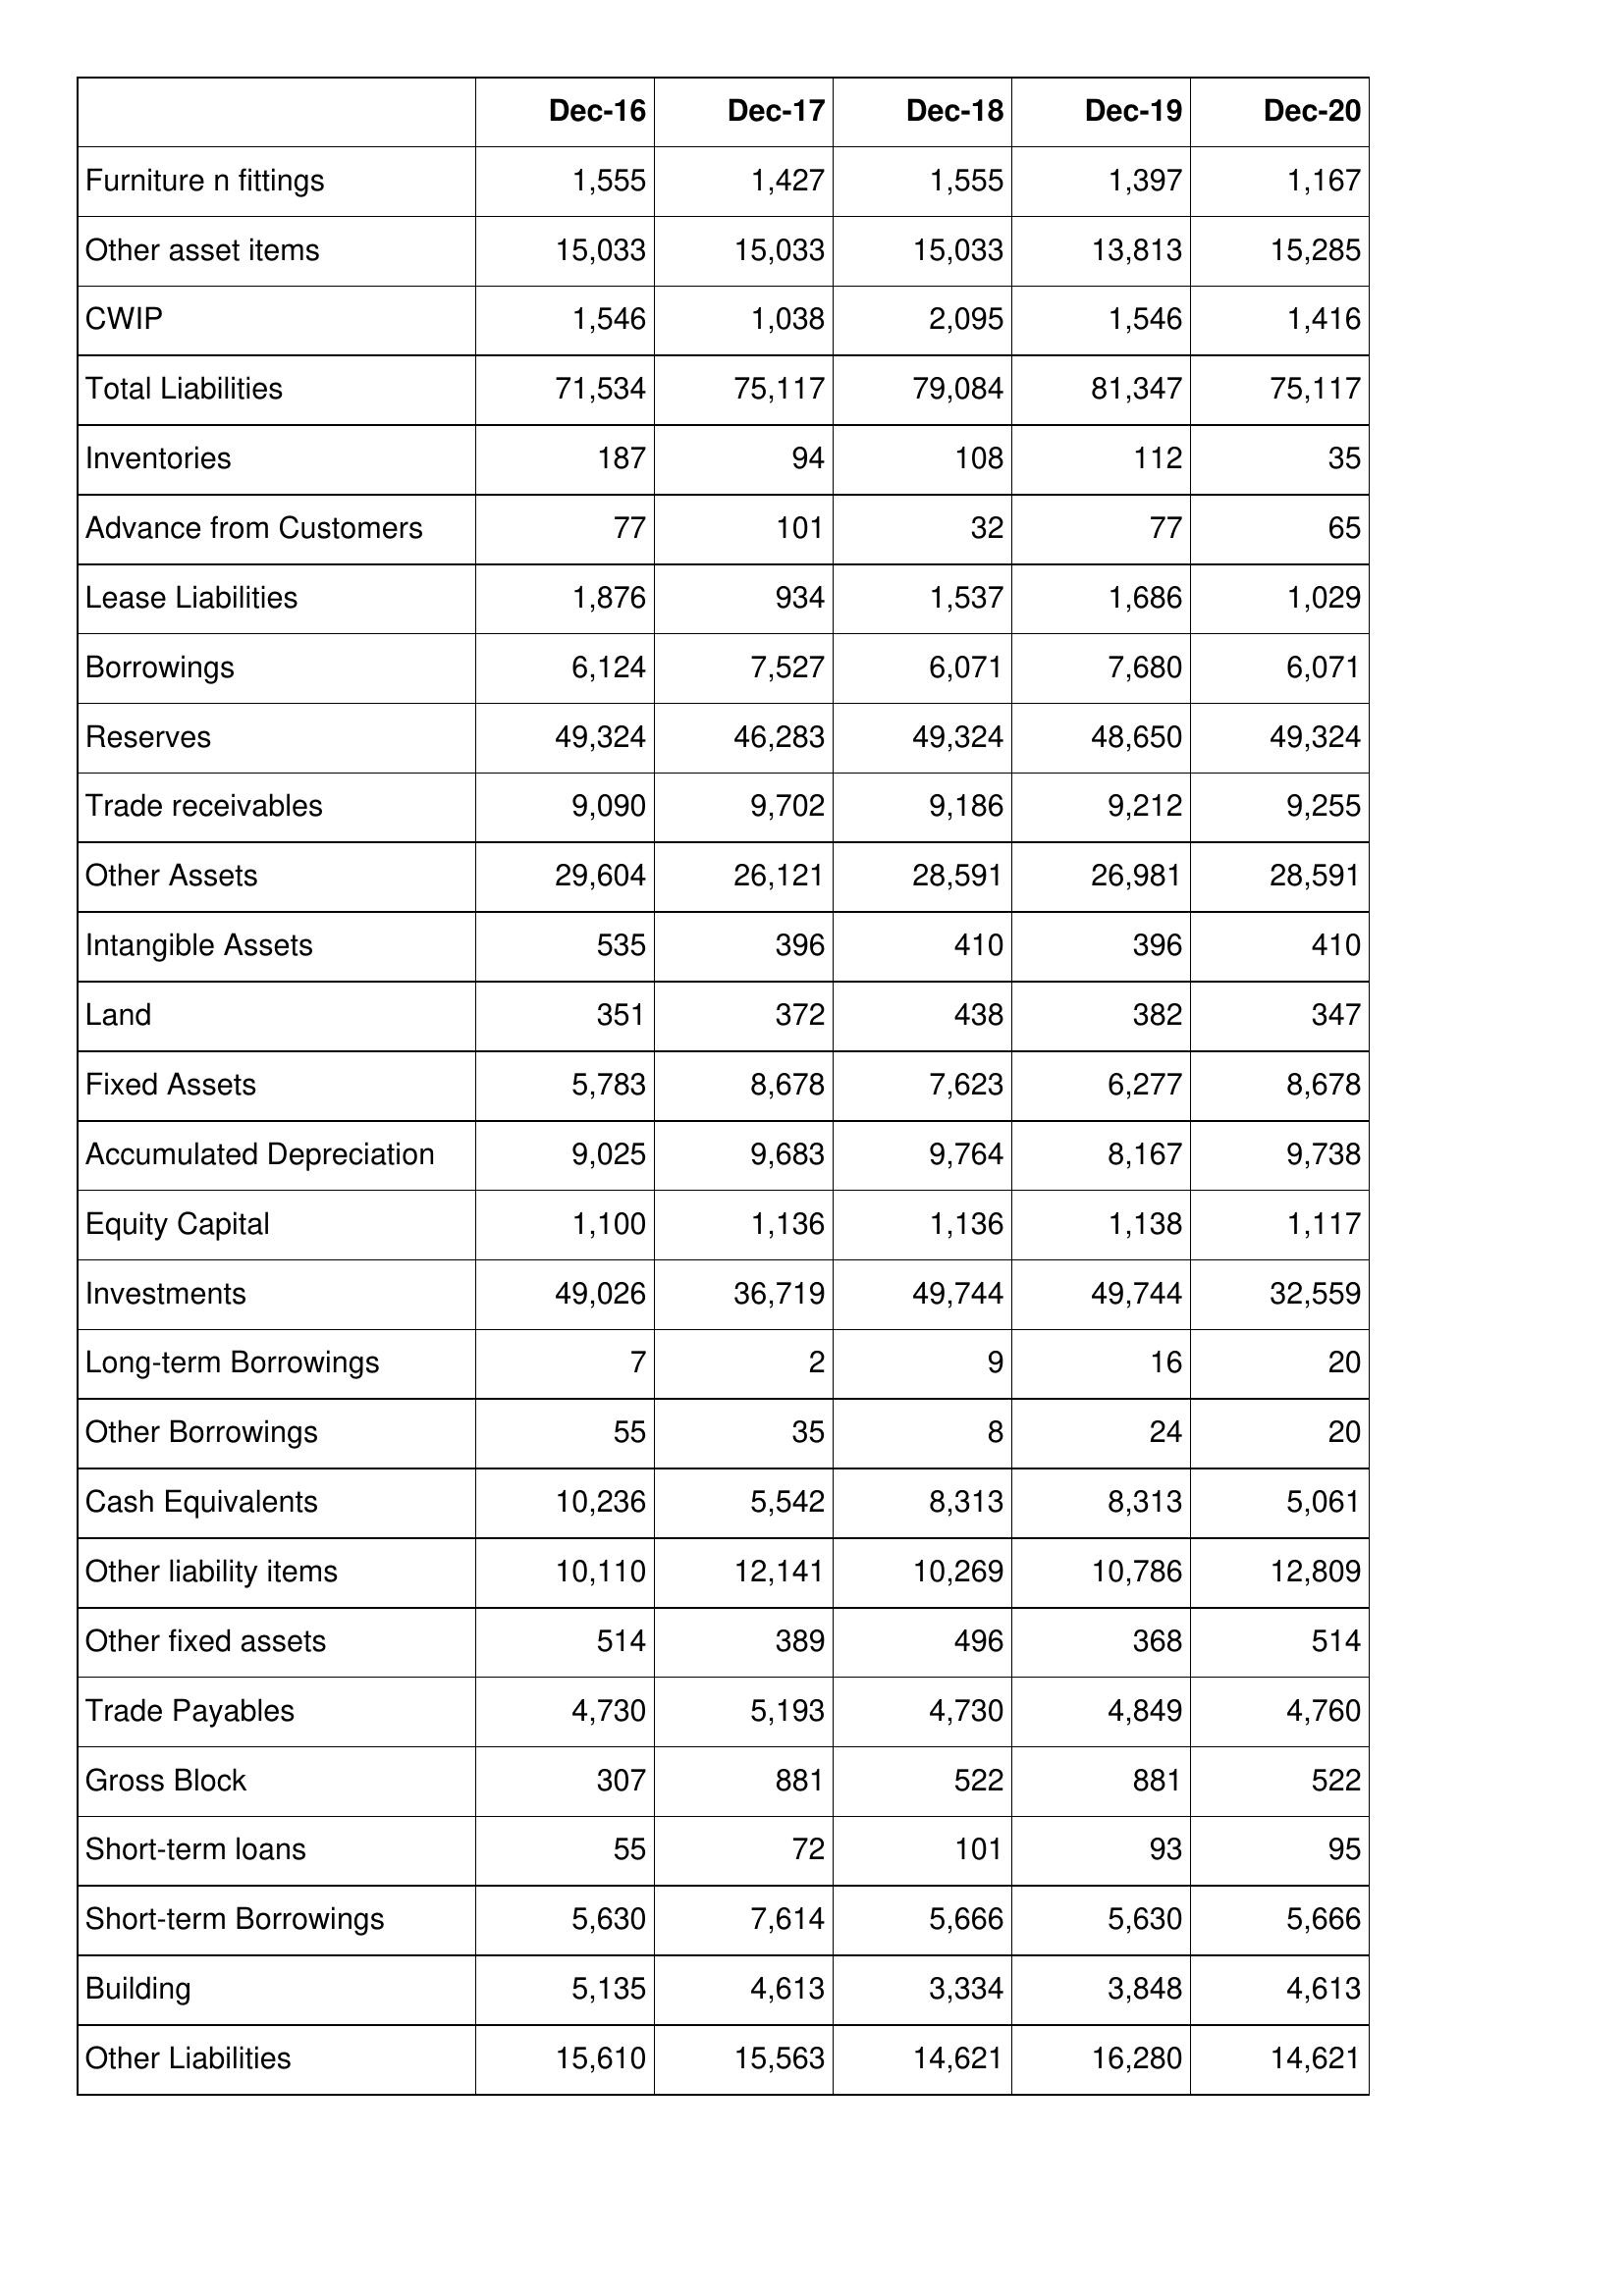
Dec-16: Balance Sheet: Furniture n fittings: 1,555
Other asset items: 15,033
CWIP: 1,546
Total Liabilities: 71,534
Inventories: 187
Advance from Customers: 77
Lease Liabilities: 1,876
Borrowings: 6,124
Reserves: 49,324
Trade receivables: 9,090
Other Assets: 29,604
Intangible Assets: 535
Land: 351
Fixed Assets: 5,783
Accumulated Depreciation: 9,025
Equity Capital: 1,100
Investments: 49,026
Long-term Borrowings: 7
Other Borrowings: 55
Cash Equivalents: 10,236
Other liability items: 10,110
Other fixed assets: 514
Trade Payables: 4,730
Gross Block: 307
Short-term loans: 55
Short-term Borrowings: 5,630
Building: 5,135
Other Liabilities: 15,610
Dec-17: Balance Sheet: Furniture n fittings: 1,427
Other asset items: 15,033
CWIP: 1,038
Total Liabilities: 75,117
Inventories: 94
Advance from Customers: 101
Lease Liabilities: 934
Borrowings: 7,527
Reserves: 46,283
Trade receivables: 9,702
Other Assets: 26,121
Intangible Assets: 396
Land: 372
Fixed Assets: 8,678
Accumulated Depreciation: 9,683
Equity Capital: 1,136
Investments: 36,719
Long-term Borrowings: 2
Other Borrowings: 35
Cash Equivalents: 5,542
Other liability items: 12,141
Other fixed assets: 389
Trade Payables: 5,193
Gross Block: 881
Short-term loans: 72
Short-term Borrowings: 7,614
Building: 4,613
Other Liabilities: 15,563
Dec-18: Balance Sheet: Furniture n fittings: 1,555
Other asset items: 15,033
CWIP: 2,095
Total Liabilities: 79,084
Inventories: 108
Advance from Customers: 32
Lease Liabilities: 1,537
Borrowings: 6,071
Reserves: 49,324
Trade receivables: 9,186
Other Assets: 28,591
Intangible Assets: 410
Land: 438
Fixed Assets: 7,623
Accumulated Depreciation: 9,764
Equity Capital: 1,136
Investments: 49,744
Long-term Borrowings: 9
Other Borrowings: 8
Cash Equivalents: 8,313
Other liability items: 10,269
Other fixed assets: 496
Trade Payables: 4,730
Gross Block: 522
Short-term loans: 101
Short-term Borrowings: 5,666
Building: 3,334
Other Liabilities: 14,621
Dec-19: Balance Sheet: Furniture n fittings: 1,397
Other asset items: 13,813
CWIP: 1,546
Total Liabilities: 81,347
Inventories: 112
Advance from Customers: 77
Lease Liabilities: 1,686
Borrowings: 7,680
Reserves: 48,650
Trade receivables: 9,212
Other Assets: 26,981
Intangible Assets: 396
Land: 382
Fixed Assets: 6,277
Accumulated Depreciation: 8,167
Equity Capital: 1,138
Investments: 49,744
Long-term Borrowings: 16
Other Borrowings: 24
Cash Equivalents: 8,313
Other liability items: 10,786
Other fixed assets: 368
Trade Payables: 4,849
Gross Block: 881
Short-term loans: 93
Short-term Borrowings: 5,630
Building: 3,848
Other Liabilities: 16,280
Dec-20: Balance Sheet: Furniture n fittings: 1,167
Other asset items: 15,285
CWIP: 1,416
Total Liabilities: 75,117
Inventories: 35
Advance from Customers: 65
Lease Liabilities: 1,029
Borrowings: 6,071
Reserves: 49,324
Trade receivables: 9,255
Other Assets: 28,591
Intangible Assets: 410
Land: 347
Fixed Assets: 8,678
Accumulated Depreciation: 9,738
Equity Capital: 1,117
Investments: 32,559
Long-term Borrowings: 20
Other Borrowings: 20
Cash Equivalents: 5,061
Other liability items: 12,809
Other fixed assets: 514
Trade Payables: 4,760
Gross Block: 522
Short-term loans: 95
Short-term Borrowings: 5,666
Building: 4,613
Other Liabilities: 14,621